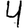
Digit: 4